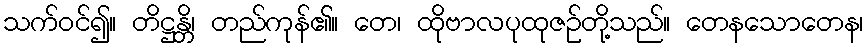
သက်ဝင်၍။ တိဋ္ဌန္တိ၊ တည်ကုန်၏။ တေ၊ ထိုဗာလပုထုဇဉ်တို့သည်။ တေနသောတေန၊